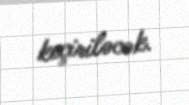
keçiriləcək.